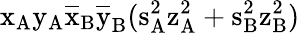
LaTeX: \mathrm{x_{A}\mathrm{y_{A}\mathrm{\overline{{x}}_{B}\mathrm{\overline{{y}}_{B}(\mathrm{s_{A}^{2}\mathrm{z_{A}^{2}+\mathrm{s_{B}^{2}\mathrm{z_{B}^{2})}}}}}}}}